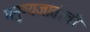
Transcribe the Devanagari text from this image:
मनुष्यजातीची